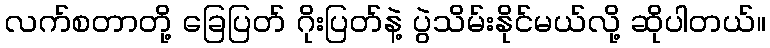
လက်စတာတို့ ခြေပြတ် ဂိုးပြတ်နဲ့ ပွဲသိမ်းနိုင်မယ်လို့ ဆိုပါတယ်။